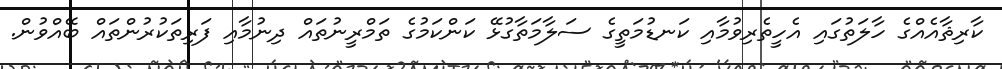
ކާރިޘާއެއްގެ ހާލަތުގައި އެހީތެރިވުމާއި ކަނޑުމަތީގެ ސަލާމަތާގުޅޭ ކަންކަމުގެ ތަމްރީނުތައް ދިނުމާއި ފަރިތަކުރުންތައް ބޭއްވުން.